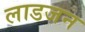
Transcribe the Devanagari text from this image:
लाडजन